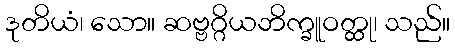
ဒုတိယံ၊ သော။ ဆဗ္ဗဂ္ဂိယဘိက္ခူဝတ္ထု၊ သည်။